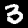
Digit: 3